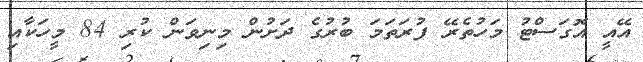
އޭއީ އޮގަސްޓު މަހުތެރޭ ފުރަތަމަ ބުރުގެ ދަށުން މިނިވަން ކުރި 84 މީހަކާއި